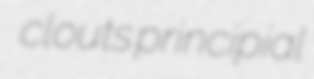
clouts principial